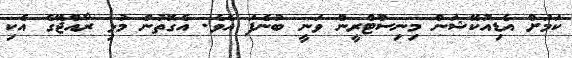
ކަމަށް އެޑިއުކޭޝަން މިނިސްޓްރީން ވަނީ ބުނެފަ އެވެ. އެގޮތުން މުޅި ރާއްޖޭގެ އެކި